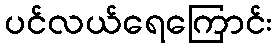
ပင်လယ်ရေကြောင်း